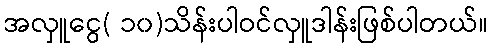
အလှူငွေ( ၁၀)သိန်းပါဝင်လှူဒါန်းဖြစ်ပါတယ်။